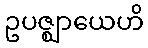
ဥပဇ္ဈာယေဟိ